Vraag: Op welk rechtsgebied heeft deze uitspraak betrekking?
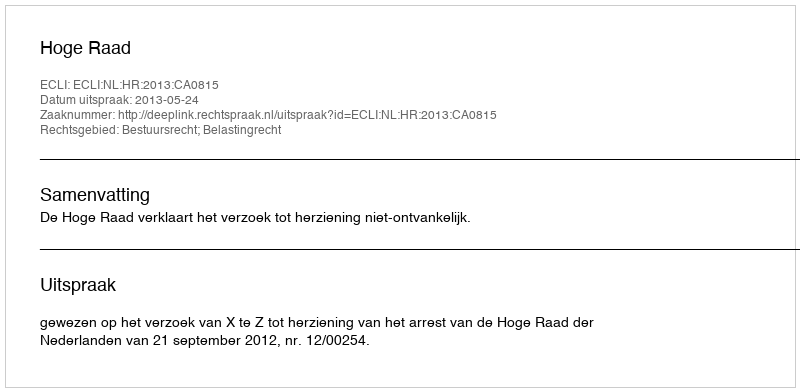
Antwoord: Bestuursrecht; Belastingrecht